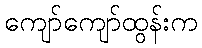
ကျော်ကျော်ထွန်းက